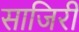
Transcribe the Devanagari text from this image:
साजिरी